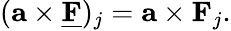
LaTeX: (\mathbf a\times\underline{{\mathbf F}})_{j}=\mathbf a\times\mathbf F_{j}.